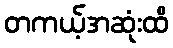
တကယ့်အဆုံးထိ